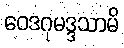
ဝေဒဂုမဒ္ဒသာမိ